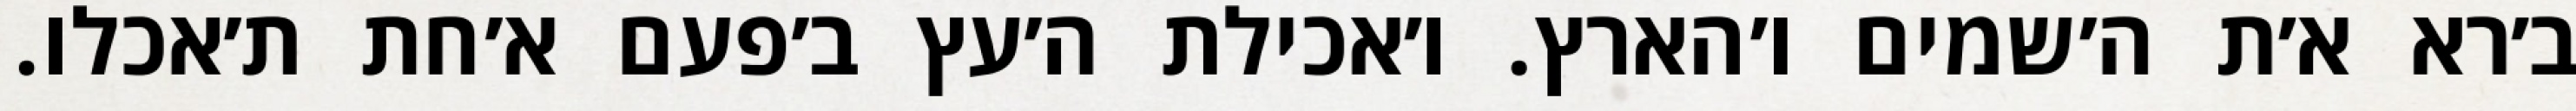
ב׳רא א׳ת ה׳שמים ו׳הארץ. ו׳אכילת ה׳עץ ב׳פעם א׳חת ת׳אכלו.